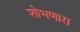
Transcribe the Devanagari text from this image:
शोभणारा